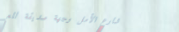
شارع الأمل وجهة صديقة للع